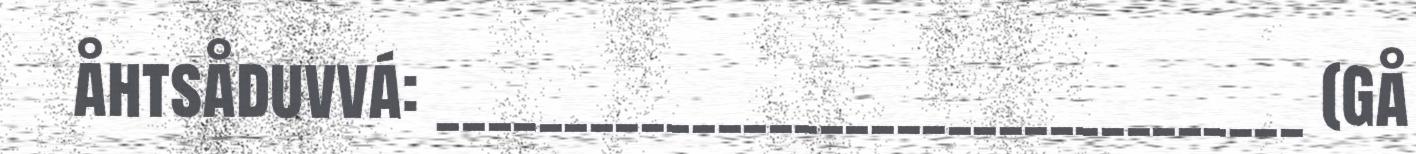
åhtsåduvvá: __________________________________ (Gå